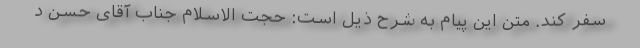
سفر کند. متن این پیام به شرح ذیل است: حجت الاسلام جناب آقای حسن د